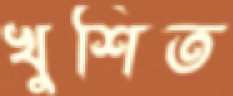
খুশিত